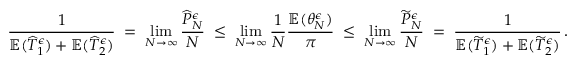
\frac { 1 } { \mathbb { E } ( \widehat { T } _ { 1 } ^ { \epsilon } ) + \mathbb { E } ( \widehat { T } _ { 2 } ^ { \epsilon } ) } \; = \; \operatorname* { l i m } _ { N \to \infty } \frac { \widehat { P } _ { N } ^ { \epsilon } } { N } \; \leq \; \operatorname* { l i m } _ { N \to \infty } \frac { 1 } { N } \frac { \mathbb { E } ( \theta _ { N } ^ { \epsilon } ) } { \pi } \; \leq \; \operatorname* { l i m } _ { N \to \infty } \frac { \widetilde { P } _ { N } ^ { \epsilon } } { N } \; = \; \frac { 1 } { \mathbb { E } ( \widetilde { T } _ { 1 } ^ { \epsilon } ) + \mathbb { E } ( \widetilde { T } _ { 2 } ^ { \epsilon } ) } \, .